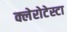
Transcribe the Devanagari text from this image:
क्लेरोटेस्टा